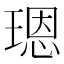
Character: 𤨒